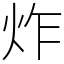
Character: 炸